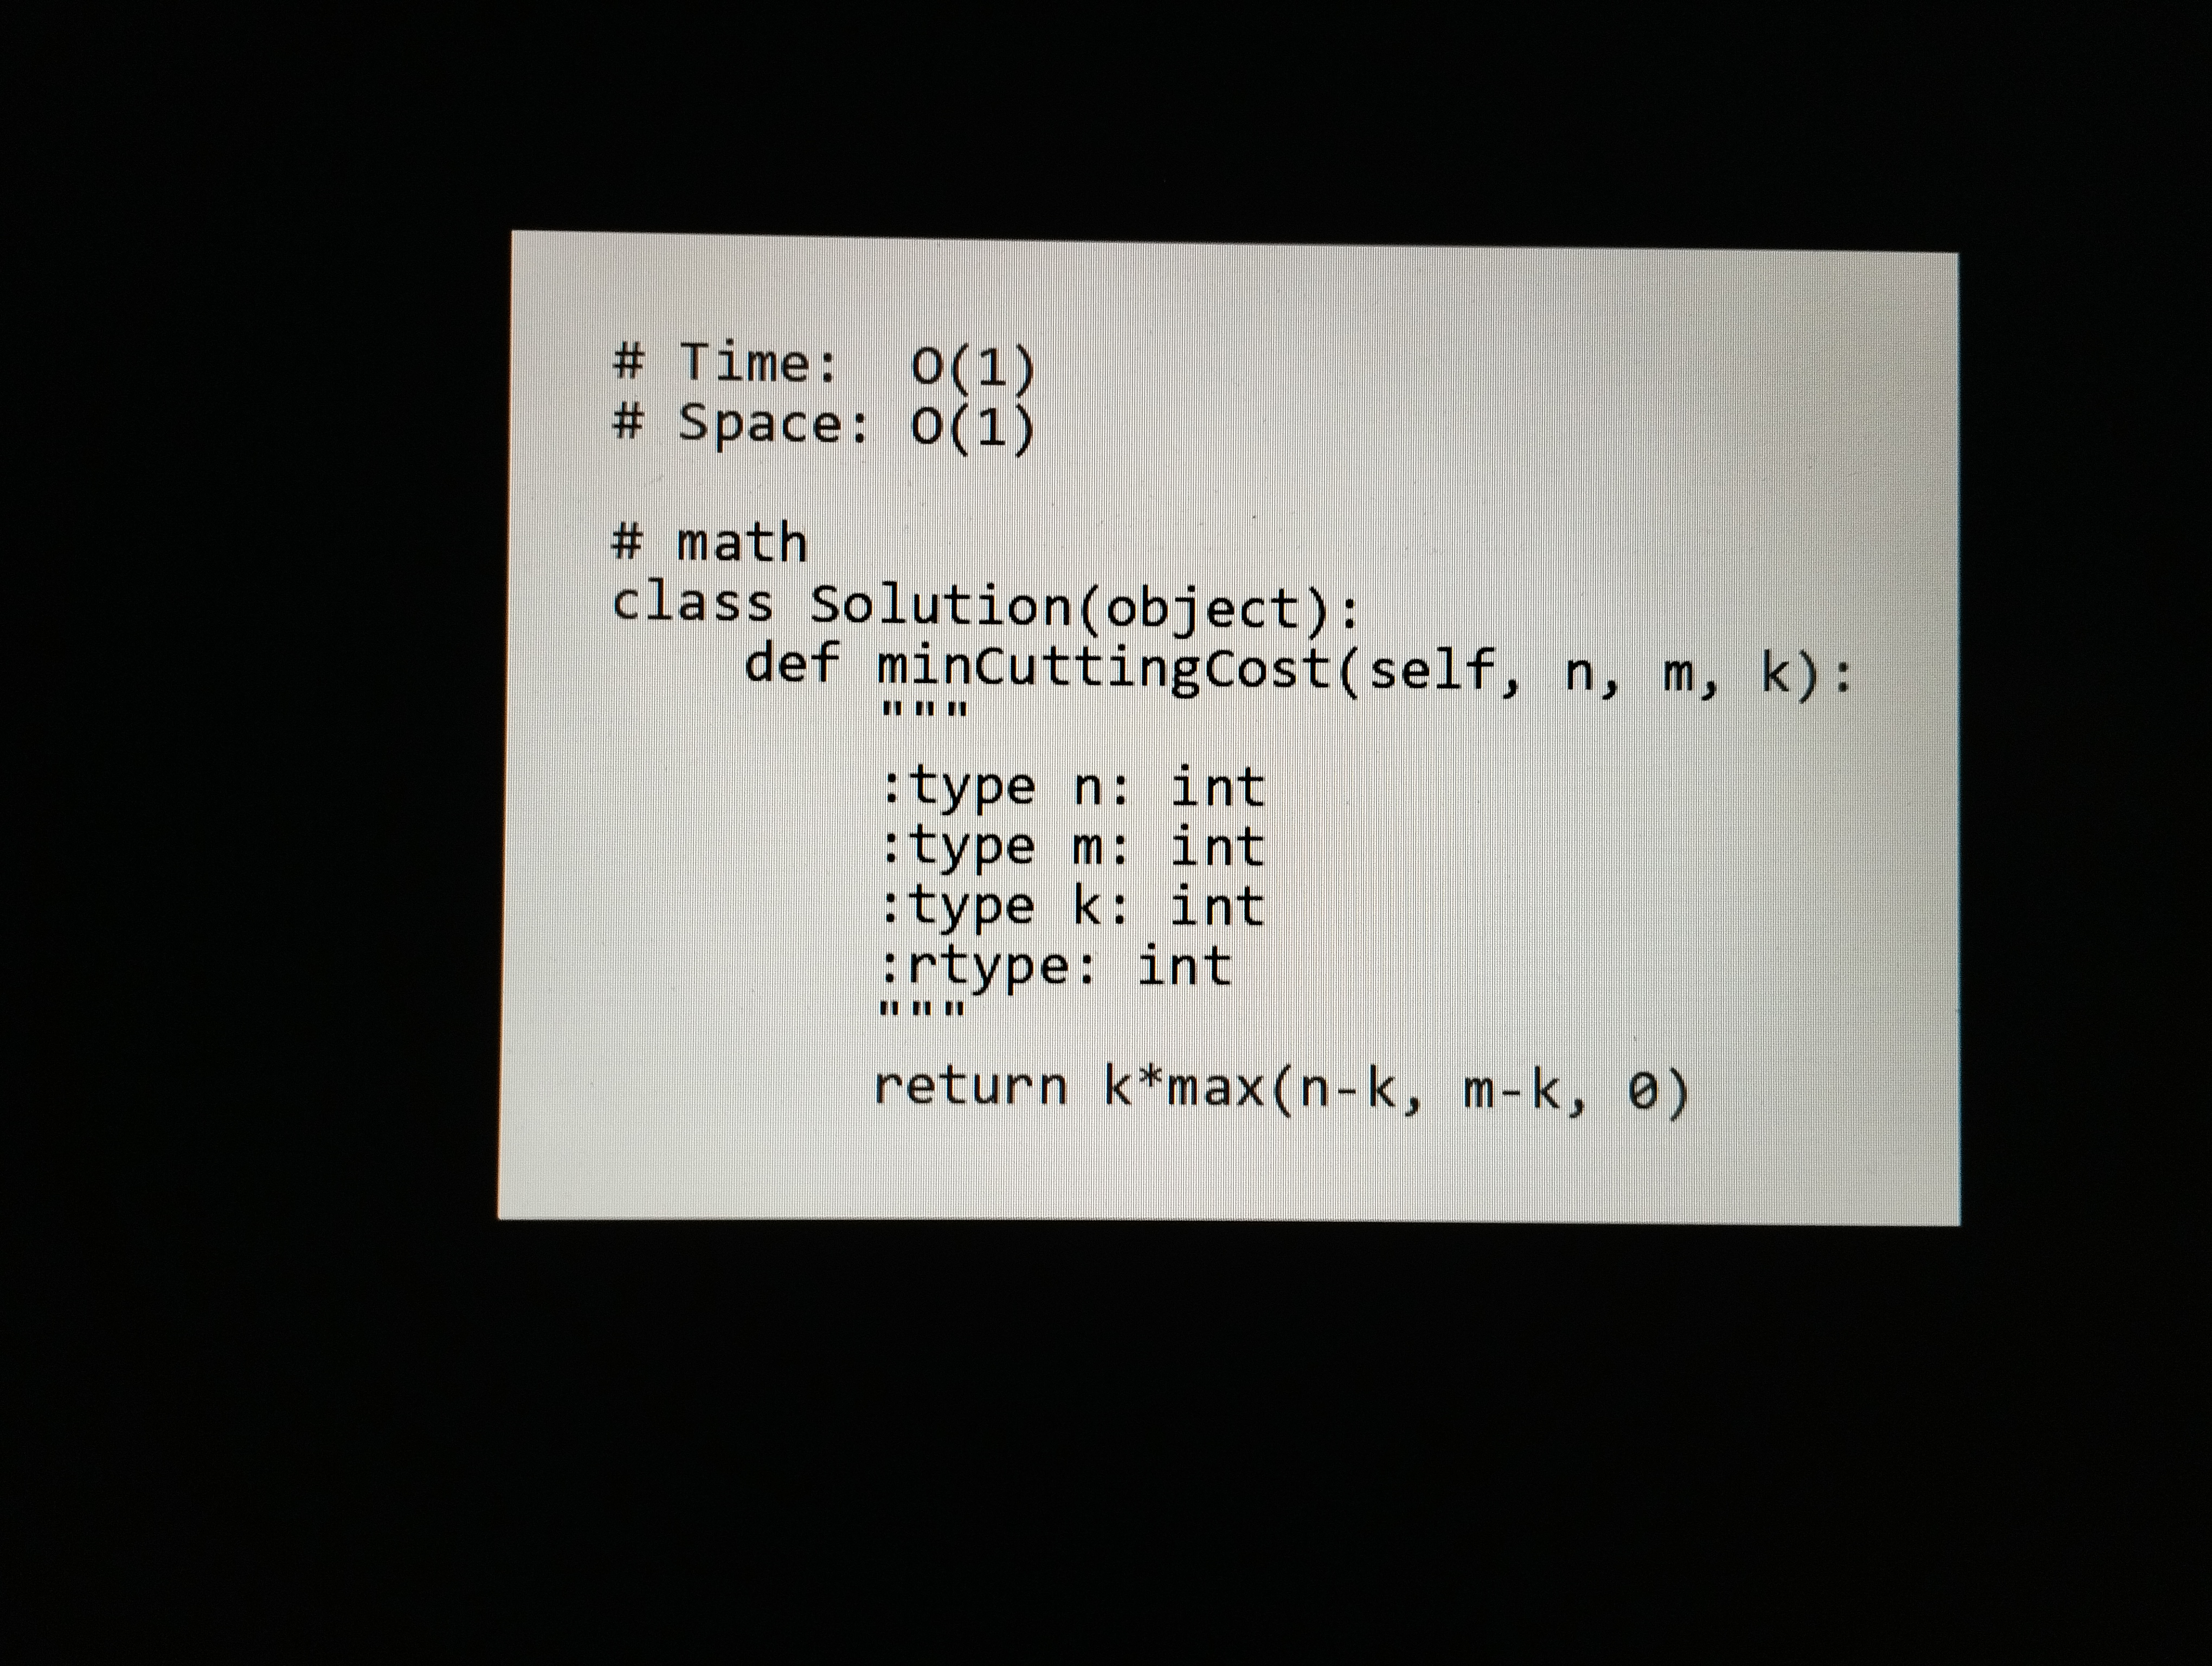
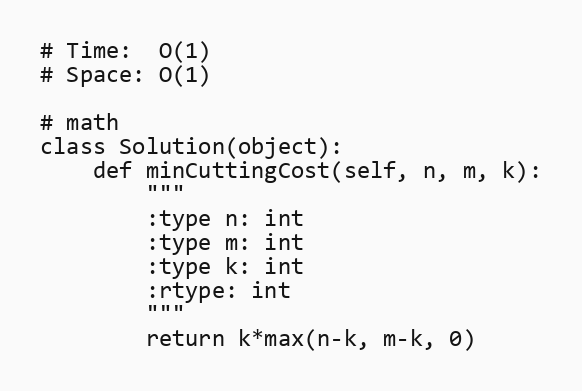
# Time:  O(1)
# Space: O(1)

# math
class Solution(object):
    def minCuttingCost(self, n, m, k):
        """
        :type n: int
        :type m: int
        :type k: int
        :rtype: int
        """
        return k*max(n-k, m-k, 0)